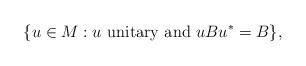
LaTeX: \begin{align*}\{ u \in M : u \textrm{ unitary and } u B u^\ast = B \},\end{align*}